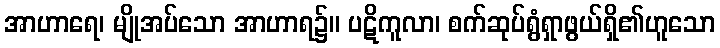
အာဟာရေ၊ မျိုအပ်သော အာဟာရ၌။ ပဋိကူလာ၊ စက်ဆုပ်ရွံရှာဖွယ်ရှိ၏ဟူသော